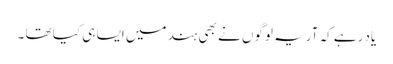
یاد رہے کہ آریہ لوگوں نے بھی ہند میں ایسا ہی کیا تھا ۔